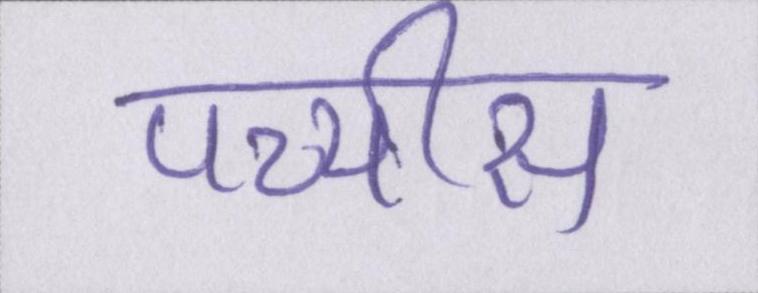
पच्चीस